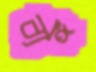
ব্যঙ্গ